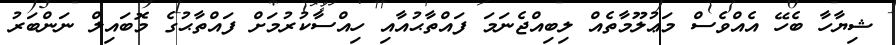
ޝިޔާހާ ބެހޭ އެއްވެސް މަޢުލޫމާތެއް ލިބިއްޖެނަމަ ފައްތާޙުއާއި ހިއްސާކުރުމަށް ފައްތާޙުގެ މޮބައިލް ނަންބަރު